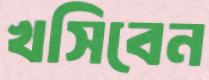
খসিবেন